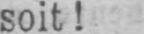
soit!